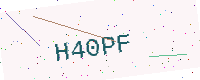
Text: H40PF